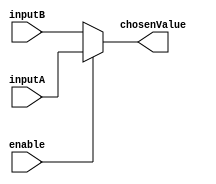
`timescale 1ns / 1ps
//////////////////////////////////////////////////////////////////////////////////
// Company: Rogue Squadron
// 
// Design Name: 
// Module Name:    SimpleMux 
// Project Name: 
// Target Devices: 
// Tool versions: 
// Description: 
//
// Dependencies: 
//
// Revision: 
// Revision 0.01 - File Created
// Additional Comments: 
//
//////////////////////////////////////////////////////////////////////////////////
module twoInputMux(
    input enable,
    input [15:0] inputA,
    input [15:0] inputB,
    output [15:0] chosenValue
    );

	assign chosenValue = enable? inputA:inputB;

endmodule